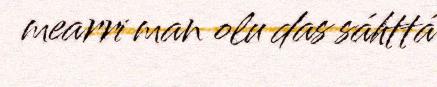
mearri man olu das sáhttá